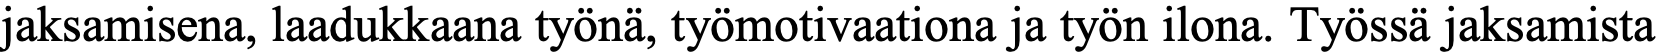
jaksamisena, laadukkaana työnä, työmotivaationa ja työn ilona. Työssä jaksamista